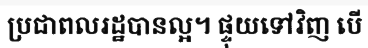
ប្រជាពលរដ្ឋបានល្អ។ ផ្ទុយទៅវិញ បើ